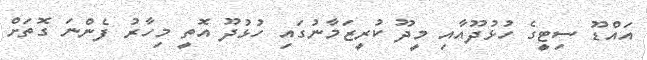
އައްޑޫ ސިޓީގެ ހުޅުދޫއާއި މީދޫ ކުރީޒަމާނުގައި ހުޅުދޫ އޮތީ މިހާރު ފެންނަ ގޮތަށް